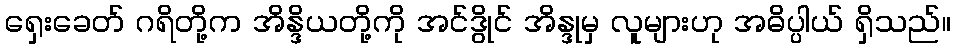
ရှေးခေတ် ဂရိတို့က အိန္ဒိယတို့ကို အင်ဒွိုင် အိန္ဒုမှ လူများဟု အဓိပ္ပါယ် ရှိသည်။